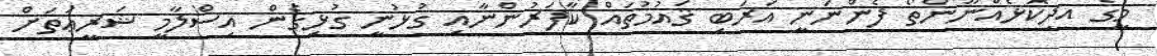
މީގެ އދިކޮޅެއްނޫންތޯ ފެންނަނީ އަރަބި ޤައުމުތައް ކާފަރުންނާއި ގުޅުނީ ގުޅިގެން އިސްލާމީ ޝަރީޢަތަށް